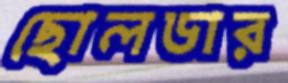
ছোলডার